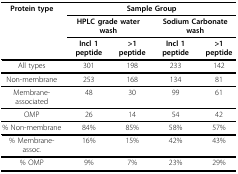
<table><thead><tr><td><b>Protein type</b></td><td colspan="4"><b>Sample Group</b></td></tr><tr><td></td><td colspan="2"><b>HPLC grade water wash</b></td><td colspan="2"><b>Sodium Carbonate wash</b></td></tr><tr><td></td><td><b>Incl 1 peptide</b></td><td><b>&gt;1 peptide</b></td><td><b>Incl 1 peptide</b></td><td><b>&gt;1 peptide</b></td></tr></thead><tbody><tr><td>All types</td><td>301</td><td>198</td><td>233</td><td>142</td></tr><tr><td>Non-membrane</td><td>253</td><td>168</td><td>134</td><td>81</td></tr><tr><td>Membrane-associated</td><td>48</td><td>30</td><td>99</td><td>61</td></tr><tr><td>OMP</td><td>26</td><td>14</td><td>54</td><td>42</td></tr><tr><td>% Non-membrane</td><td>84%</td><td>85%</td><td>58%</td><td>57%</td></tr><tr><td>% Membrane-assoc.</td><td>16%</td><td>15%</td><td>42%</td><td>43%</td></tr><tr><td>% OMP</td><td>9%</td><td>7%</td><td>23%</td><td>29%</td></tr></tbody></table>